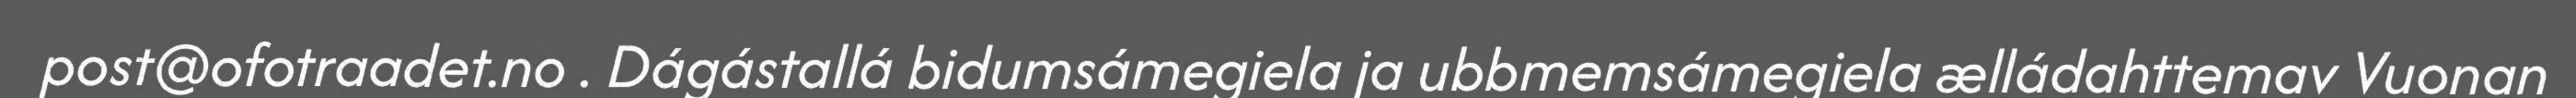
post@ofotraadet.no . Dágástallá bidumsámegiela ja ubbmemsámegiela ælládahttemav Vuonan